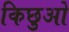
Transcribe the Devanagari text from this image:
किछुओ